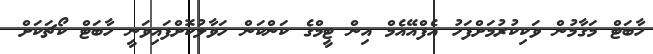
ހާބަޓް މަގާމުން ވަކިކުރުމަށްފަހު އެފްއޭއެމް އިން ޓީމްގެ ކަންކަން ހަވާލުކޮށްފައިވަނީ ހާބަޓް ކޯޗަކަށް